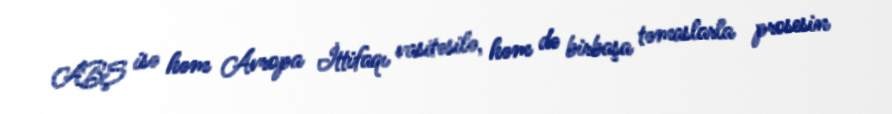
ABŞ isə həm Avropa İttifaqı vasitəsilə, həm də birbaşa təmaslarla prosesin